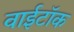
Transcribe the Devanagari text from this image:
वाईटॉक